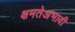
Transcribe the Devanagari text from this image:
क्षमतेअभावी